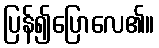
ပြန်၍ပြောလေ၏။